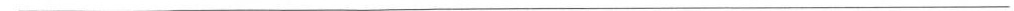
___